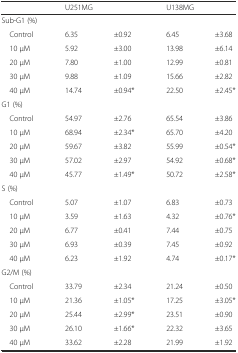
<table><thead><tr><td></td><td colspan="2"><b>U251MG</b></td><td colspan="2"><b>U138MG</b></td></tr></thead><tbody><tr><td colspan="5">Sub-G1 (%)</td></tr><tr><td> Control</td><td>6.35</td><td>±0.92</td><td>6.45</td><td>±3.68</td></tr><tr><td> 10 μM</td><td>5.92</td><td>±3.00</td><td>13.98</td><td>±6.14</td></tr><tr><td> 20 μM</td><td>7.80</td><td>±1.00</td><td>12.99</td><td>±0.81</td></tr><tr><td> 30 μM</td><td>9.88</td><td>±1.09</td><td>15.66</td><td>±2.82</td></tr><tr><td> 40 μM</td><td>14.74</td><td>±0.94*</td><td>22.50</td><td>±2.45*</td></tr><tr><td colspan="5">G1 (%)</td></tr><tr><td> Control</td><td>54.97</td><td>±2.76</td><td>65.54</td><td>±3.86</td></tr><tr><td> 10 μM</td><td>68.94</td><td>±2.34*</td><td>65.70</td><td>±4.20</td></tr><tr><td> 20 μM</td><td>59.67</td><td>±3.82</td><td>55.99</td><td>±0.54*</td></tr><tr><td> 30 μM</td><td>57.02</td><td>±2.97</td><td>54.92</td><td>±0.68*</td></tr><tr><td> 40 μM</td><td>45.77</td><td>±1.49*</td><td>50.72</td><td>±2.58*</td></tr><tr><td colspan="5">S (%)</td></tr><tr><td> Control</td><td>5.07</td><td>±1.07</td><td>6.83</td><td>±0.73</td></tr><tr><td> 10 μM</td><td>3.59</td><td>±1.63</td><td>4.32</td><td>±0.76*</td></tr><tr><td> 20 μM</td><td>6.77</td><td>±0.41</td><td>7.44</td><td>±0.75</td></tr><tr><td> 30 μM</td><td>6.93</td><td>±0.39</td><td>7.45</td><td>±0.92</td></tr><tr><td> 40 μM</td><td>6.23</td><td>±1.92</td><td>4.74</td><td>±0.17*</td></tr><tr><td colspan="5">G2/M (%)</td></tr><tr><td> Control</td><td>33.79</td><td>±2.34</td><td>21.24</td><td>±0.50</td></tr><tr><td> 10 μM</td><td>21.36</td><td>±1.05*</td><td>17.25</td><td>±3.05*</td></tr><tr><td> 20 μM</td><td>25.44</td><td>±2.99*</td><td>23.51</td><td>±0.90</td></tr><tr><td> 30 μM</td><td>26.10</td><td>±1.66*</td><td>22.32</td><td>±3.65</td></tr><tr><td> 40 μM</td><td>33.62</td><td>±2.28</td><td>21.99</td><td>±1.92</td></tr></tbody></table>